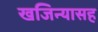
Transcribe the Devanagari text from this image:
खजिन्यासह